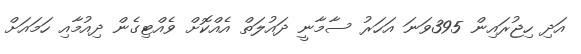
އަދި ހިޖުރައިން 395ވަނަ އަހަރު ސާމާނީ ދައުލަތް އެއްކޮށް ވެއްޓިގެން ދިއުމާއި ހަމައަށް